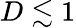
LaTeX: D\lesssim 1